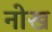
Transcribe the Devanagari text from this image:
नोख